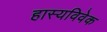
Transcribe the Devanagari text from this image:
हास्यविवेक